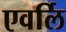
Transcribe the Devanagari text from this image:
एवर्लि